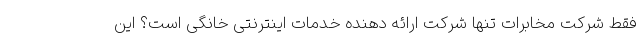
فقط شرکت مخابرات تنها شرکت ارائه دهنده خدمات اینترنتی خانگی است؟ این